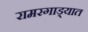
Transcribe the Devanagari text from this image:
रामरगाड्यात